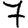
Digit: 7